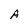
Character: A